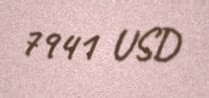
7941 USD